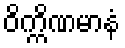
ဝိက္ကိဏမာနံ